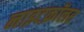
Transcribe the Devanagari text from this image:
नाइटक्रॉलर